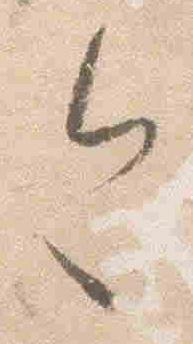
今